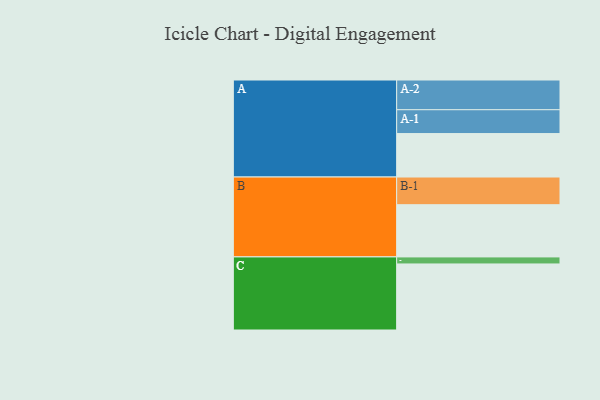
{"axis": {"x": "Segment", "y": "Value"}, "legend": ["", "A", "B", "C"], "data": [{"x": "A", "y": 383, "type": ""}, {"x": "B", "y": 460, "type": ""}, {"x": "C", "y": 582, "type": ""}, {"x": "A-1", "y": 210, "type": "A"}, {"x": "A-2", "y": 262, "type": "A"}, {"x": "B-1", "y": 244, "type": "B"}, {"x": "C-1", "y": 62, "type": "C"}]}